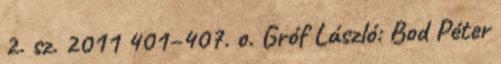
2. sz. 2011 401–407. o. Gróf László: Bod Péter